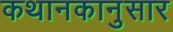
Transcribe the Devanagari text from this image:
कथानकानुसार